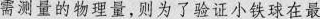
需测董的物理量，则为了验证小铁球在最